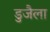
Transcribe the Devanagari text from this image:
डुजैला